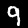
Label: 9